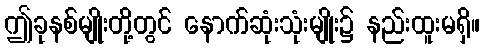
ဤခုနစ်မျိုးတို့တွင် နောက်ဆုံးသုံးမျိုး၌ နည်းထူးမရှိ။